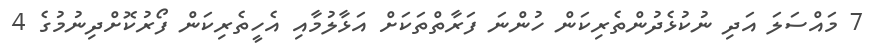
7 މައްސަލަ އަދި ނުކުޅެދުންތެރިކަން ހުންނަ ފަރާތްތަކަށް އަޅާލުމާއި އެހީތެރިކަން ފޯރުކޮށްދިނުމުގެ 4